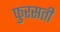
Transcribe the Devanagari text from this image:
फुरसती